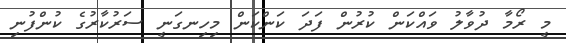
މީ ރޯމާ ދުވާލު ވައްކަން ކުރުން ފަދަ ކަންކަން މިހިނގަނީ ސަރުކާރުގެ ކުންފުނި